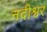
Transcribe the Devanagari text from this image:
नदीश्वर